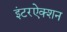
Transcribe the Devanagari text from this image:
इंटरऐक्शन